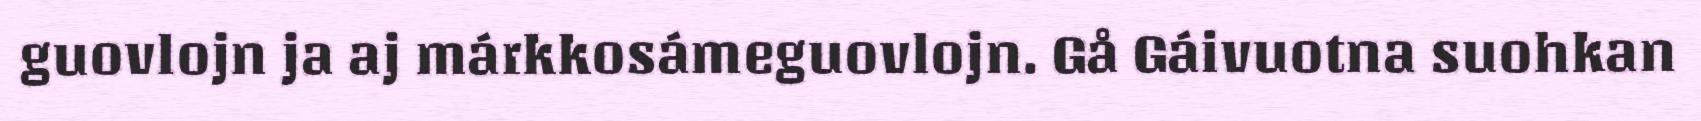
guovlojn ja aj márkkosámeguovlojn. Gå Gáivuotna suohkan